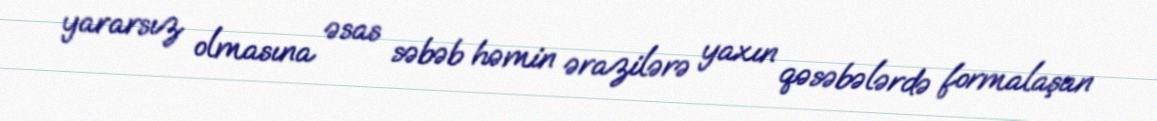
yararsız olmasına əsas səbəb həmin ərazilərə yaxın qəsəbələrdə formalaşan